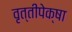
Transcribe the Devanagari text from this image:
वृत्तीपेक्षा